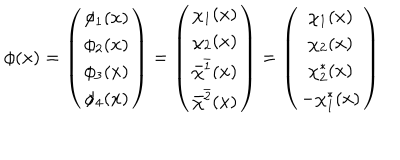
\phi ( x ) = \left( \begin{matrix} { { \phi _ { 1 } ( x ) } } \\ { { \phi _ { 2 } ( x ) } } \\ { { \phi _ { 3 } ( x ) } } \\ { { \phi _ { 4 } ( x ) } } \\ \end{matrix} \right) = \left( \begin{matrix} { { \chi _ { 1 } ( x ) } } \\ { { \chi _ { 2 } ( x ) } } \\ { { \bar { \chi } ^ { \bar { 1 } } ( x ) } } \\ { { \bar { \chi } ^ { \bar { 2 } } ( x ) } } \\ \end{matrix} \right) = \left( \begin{matrix} { { \chi _ { 1 } ( x ) } } \\ { { \chi _ { 2 } ( x ) } } \\ { { \chi _ { 2 } ^ { * } ( x ) } } \\ { { - \chi _ { 1 } ^ { * } ( x ) } } \\ \end{matrix} \right)